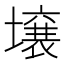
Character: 壌